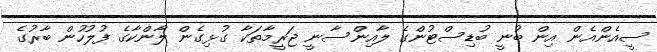
ސީއެންއެން އިން ބުނީ ބުޑިސްޓުންގެ ލާއިންސާނީ ޖަރީމާތަކާ ގުޅިގެން ލާންކާގެ ފުލުހުން ބާރުގެ